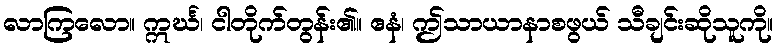
လာကြလော။ ဣင်္ဃ၊ ငါတိုက်တွန်း၏။ ဧနံ၊ ဤသာယာနာစဖွယ် သီချင်းဆိုသူကို။